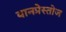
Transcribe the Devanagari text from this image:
बानप्रेस्तोज